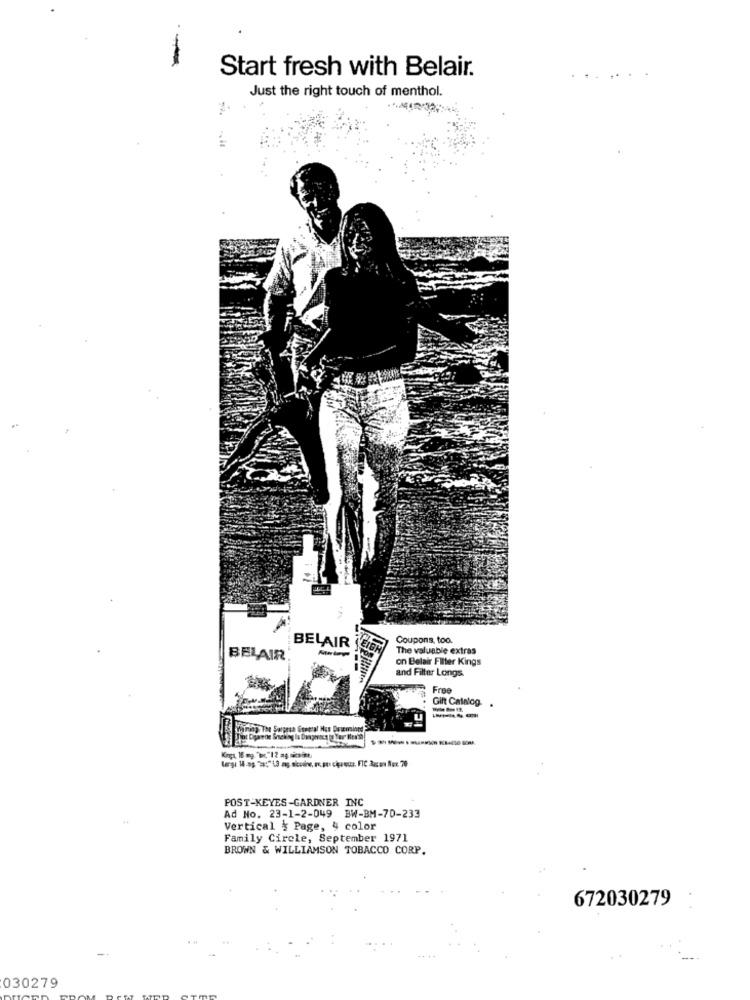
Start fresh with Belair.
..
Just the right touch of menthol.
Coupons, too.
BELAIR
The valuable extras
BELAIR
on Belair Filter Kings
and Filter Longs
Free
Gift Catalog
Kinga, 16 mg. "Dc."12 aş sicsitt.
POST-KEYES-GARDNER INC
Ad No. 23-1-2-049 BW-BM-70-233
Vertical { Page, y color
Family Circle, September 1971
BROWN & WILLIAMSON TOBACCO CORP.
672030279
030279